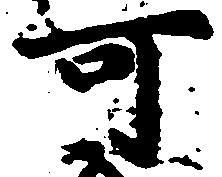
可